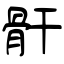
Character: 骭